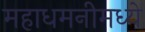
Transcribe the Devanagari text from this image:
महाधमनीमध्ये